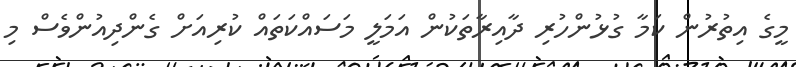
މީގެ އިތުރުން ކަމާ ގުޅުންހުރި ދާއިރާތަކުން އަމަލީ މަސައްކަތައް ކުރިއަށް ގެންދިއުންވެސް މި